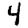
Digit: 4